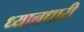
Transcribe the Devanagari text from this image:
ध्यानधारी